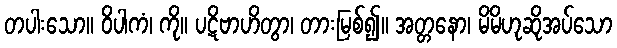
တပါးသော။ ဝိပါကံ၊ ကို။ ပဋိဗာဟိတွာ၊ တားမြစ်၍။ အတ္တနော၊ မိမိဟုဆိုအပ်သော